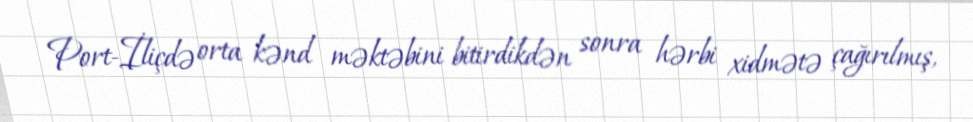
Port-İliçdə orta kənd məktəbini bitirdikdən sonra hərbi xidmətə çağırılmış,